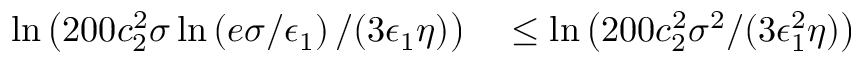
\begin{array} { r l } { \ln \left( 2 0 0 c _ { 2 } ^ { 2 } \sigma \ln \left( e \sigma / \epsilon _ { 1 } \right) / ( 3 \epsilon _ { 1 } \eta ) \right) } & { { } \le \ln \left( 2 0 0 c _ { 2 } ^ { 2 } \sigma ^ { 2 } / ( 3 \epsilon _ { 1 } ^ { 2 } \eta ) \right) } \end{array}